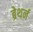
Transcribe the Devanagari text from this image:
ब्रेथर्न